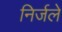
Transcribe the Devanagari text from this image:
निर्जले